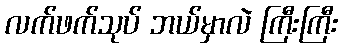
လက်ဖက်သုပ် ဘယ်မှာလဲ ကြီးကြီး